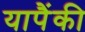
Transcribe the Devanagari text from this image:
यापैंकी